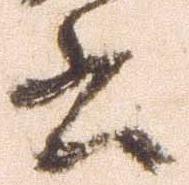
書